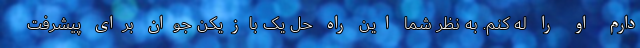
دارم او را لِه کنم. به نظر شما این راه حل یک بازیکن جوان برای پیشرفت